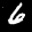
Label: 6